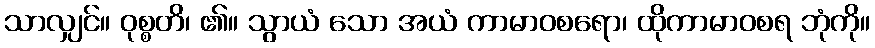
သာလျှင်။ ဝုစ္စတိ၊ ၏။ သွာယံ သော အယံ ကာမာဝစရော၊ ထိုကာမာဝစရ ဘုံကို။